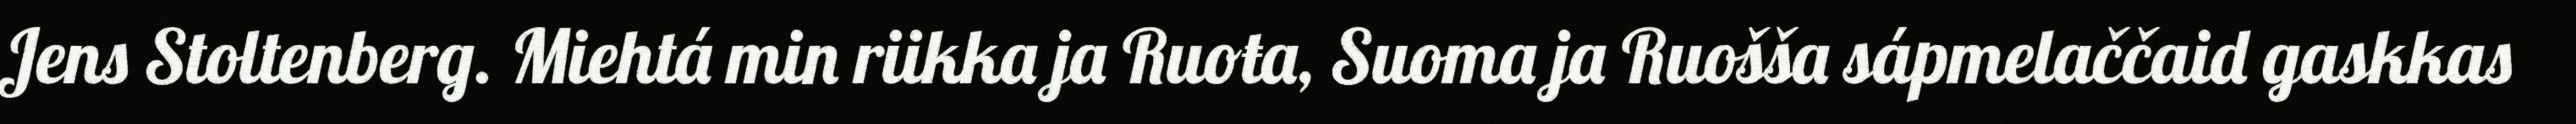
Jens Stoltenberg. Miehtá min riikka ja Ruoŧa, Suoma ja Ruošša sápmelaččaid gaskkas